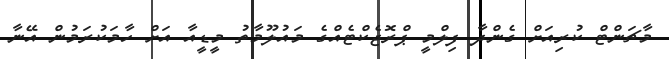
މާޗަންޓް ކުރިއަށް ގެންދާ ފިލްމީ ޕްރޮޖެކްޓެއްގެ މައުލޫމާތު މީޑީއާ އަށް ހާމަކުރަމުން އޭނާ